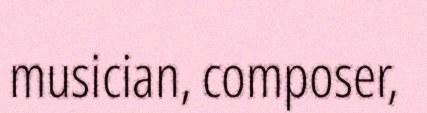
musician, composer,